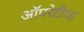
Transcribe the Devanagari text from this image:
ऑपरेटीव्ह